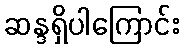
ဆန္ဒရှိပါကြောင်း